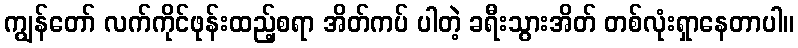
ကျွန်တော် လက်ကိုင်ဖုန်းထည့်စရာ အိတ်ကပ် ပါတဲ့ ခရီးသွားအိတ် တစ်လုံးရှာနေတာပါ။